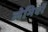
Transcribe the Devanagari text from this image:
लेमिएर्रे